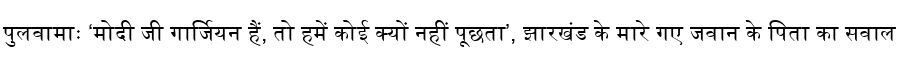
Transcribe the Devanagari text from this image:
पुलवामाः ‘मोदी जी गार्जियन हैं, तो हमें कोई क्यों नहीं पूछता’, झारखंड के मारे गए जवान के पिता का सवाल